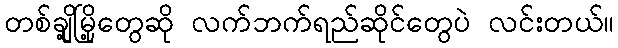
တစ်ချို့မြို့တွေဆို လက်ဘက်ရည်ဆိုင်တွေပဲ လင်းတယ်။